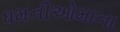
ધમનીઓમાના